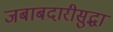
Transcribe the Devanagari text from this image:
जबाबदारीसुद्धा